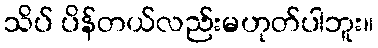
သိပ် ပိန်တယ်လည်းမဟုတ်ပါဘူး။